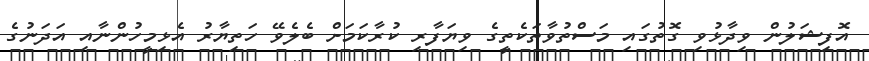
އޮފިޝަލުން ވިދާޅުވި ގޮތުގައި މަސްތުވާތަކެތީގެ ވިޔަފާރި ކުރާކަމަށް ބެލެވޭ ހަތިޔާރު އެޅިމީހުންނާއި އަދަނުގެ